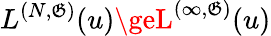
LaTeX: L^{(N,\mathfrak{G})}(u)\geL^{(\infty,\mathfrak{G})}(u)